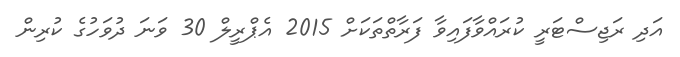
އަދި ރަޖިސްޓަރީ ކުރައްވާފައިވާ ފަރާތްތަކަށްް 2015 އެޕްރީލް 30 ވަނަ ދުވަހުގެ ކުރިން